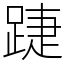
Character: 踕